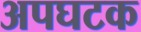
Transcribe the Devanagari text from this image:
अपघटक